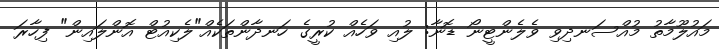
މައުލޫމާތު މުއްސަނދިވި ވެލެންޓީނޯ ޑޮނާ: ލުއި ވަހެއް ކުރީގެ ހަނދާންތަކެއް"ލެކިއުޓް އޮންލައިން" ފިހާރަ